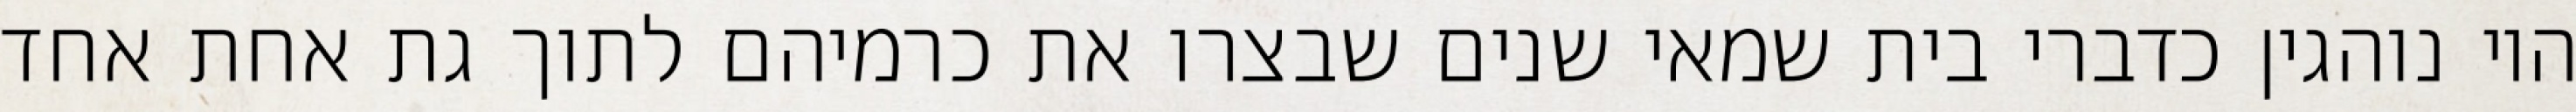
היו נוהגין כדברי בית שמאי שנים שבצרו את כרמיהם לתוך גת אחת אחד